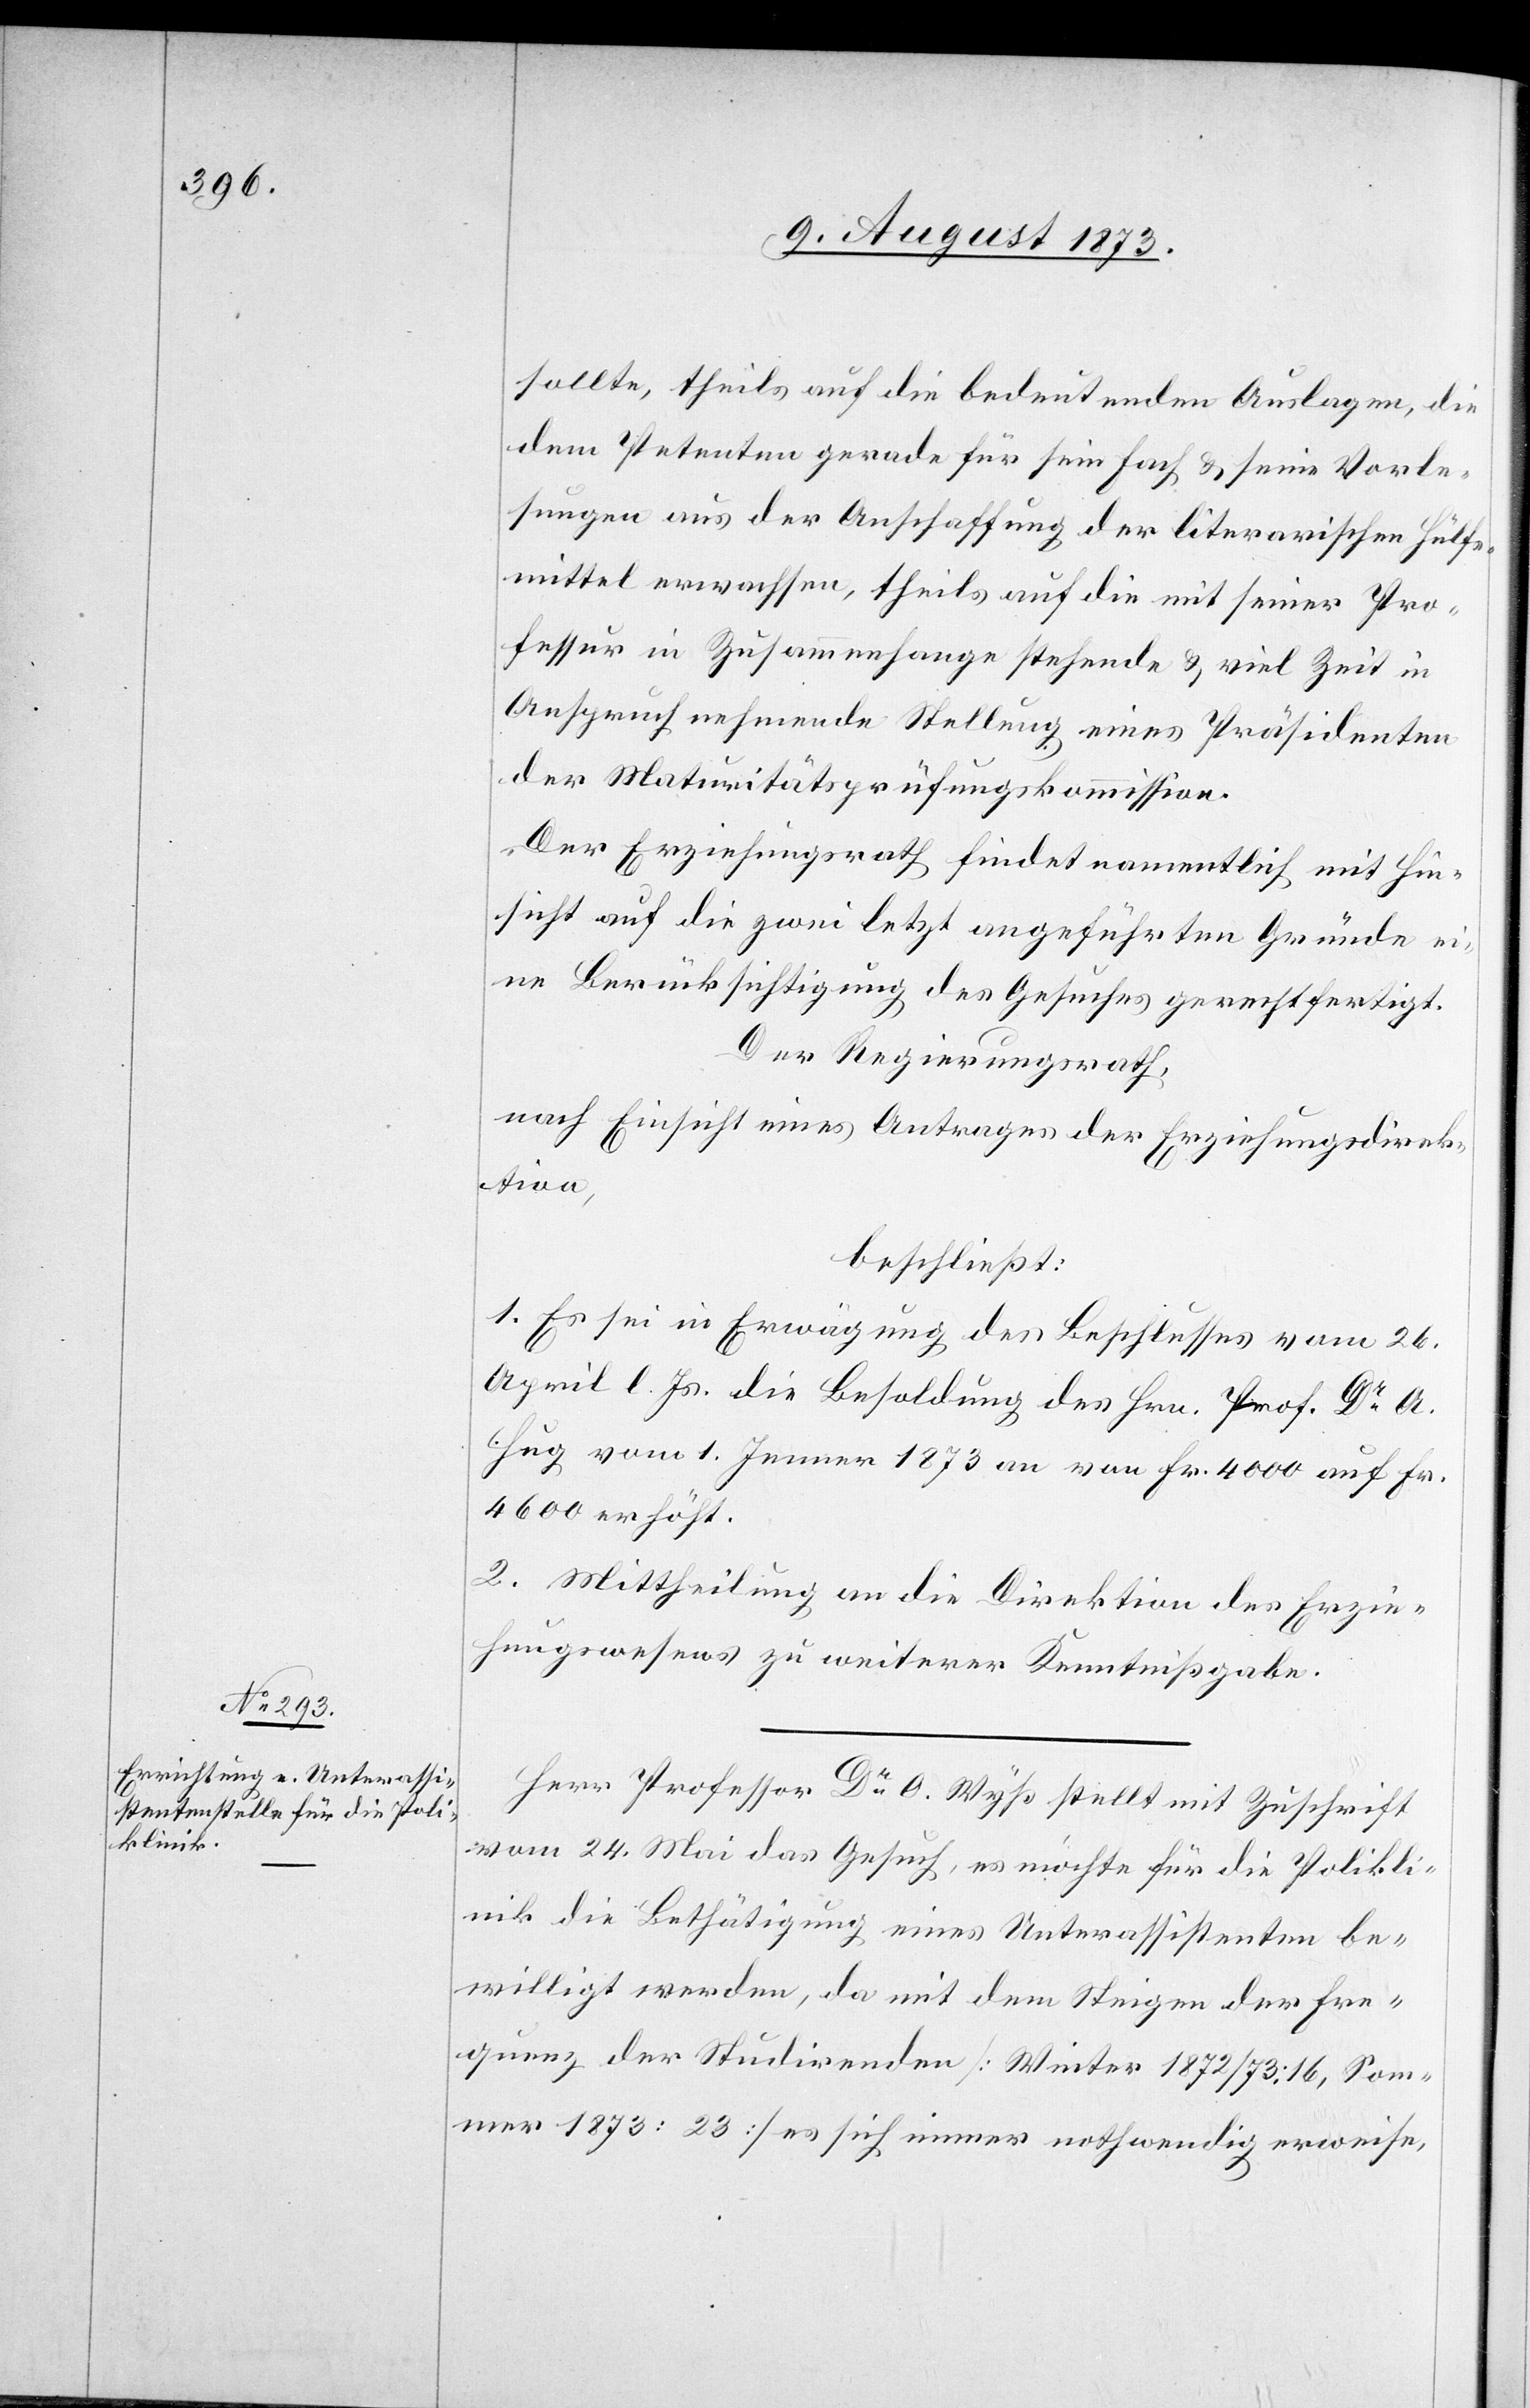
sollte, theils auf die bedeutenden Auslagen, die
dem Petenten gerade für sein Fach & seine Vorle¬
sungen aus der Anschaffung der literarischen Hülfs¬
mittel auswachsen, theils auf die mit seiner Pro¬
fessur in Zusammenhange stehende & viel Zeit in
Anspruch nehmende Stellung eines Präsidenten
der Maturitätsprüfungskommission.
Der Erziehungsrath findet namentlich mit Hin¬
sicht auf die zwei letzt angeführten Gründe ei¬
ne Berücksichtigung des Gesuches gerechtfertigt.
Der Regierungsrath,
nach Einsicht eines Antrages der Erziehungsdirek¬
tion,
beschließt:
1. Es sei in Erwägung des Beschlusses vom 26.
April l. Js. die Besoldung des Hrn. Prof. Dr A.
Hug vom 1. Jenner 1873 an von Fr. 4 000 auf Fr.
4 600 erhöht.
2. Mittheilung an die Direktion des Erzie¬
hungswesens zu weiterer Kenntnißgabe.
Herr Professor Dr O. Wyß stellt mit Zuschrift
vom 24. Mai das Gesuch, es möchte für die Polikli¬
nik die Bethätigung eines Unterassistenten be¬
willigt werden, da mit dem Steigen der Fre¬
quenz der Studirenden [Winter 1872/73: 16, Som¬
mer 1873: 23] es sich immer nothwendig erweise,